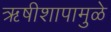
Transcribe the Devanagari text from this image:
ऋषीशापामुळे